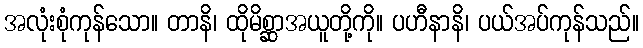
အလုံးစုံကုန်သော။ တာနိ၊ ထိုမိစ္ဆာအယူတို့ကို။ ပဟီနာနိ၊ ပယ်အပ်ကုန်သည်။